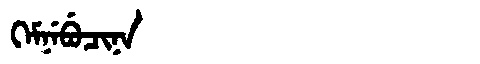
Manchu: ᡴᡝᠮᠨᡝᠪᡠᠴᡳᠨᠠ
Romanization: KEMNEBUCINA